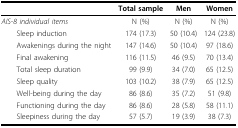
|  | Total sample | Men | Women |
 | --- | --- | --- | --- |
 | AIS-8 individual items | N (%) | N (%) | N (%) |
 | Sleep induction | 174 (17.3) | 50 (10.4) | 124 (23.8) |
 | Awakenings during the night | 147 (14.6) | 50 (10.4) | 97 (18.6) |
 | Final awakening | 116 (11.5) | 46 (9.5) | 70 (13.4) |
 | Total sleep duration | 99 (9.9) | 34 (7.0) | 65 (12.5) |
 | Sleep quality | 103 (10.2) | 38 (7.9) | 65 (12.5) |
 | Well-being during the day | 86 (8.6) | 35 (7.2) | 51 (9.8) |
 | Functioning during the day | 86 (8.6) | 28 (5.8) | 58 (11.1) |
 | Sleepiness during the day | 57 (5.7) | 19 (3.9) | 38 (7.3) |